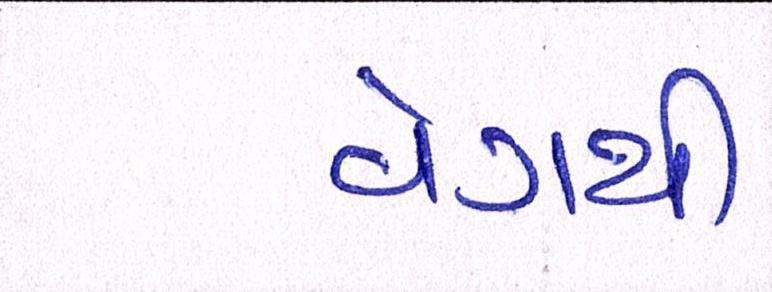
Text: વેગથી